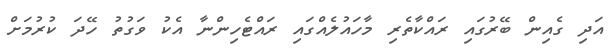
އަދި ގެއިން ބޭރުގައި ރައްކާތެރި މާހައުލެއްގައި ރައްޓެހިންނާ އެކު ވަގުތު ހޭދަ ކުރުމަށް